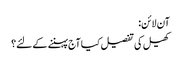
آن لائن:
کھیل کی تفصیل کیا آج پہننے کے لئے؟